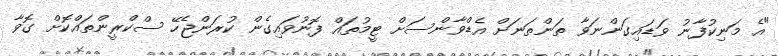
"އެ މަނިކުފާނު ވަޑައިގަންނަވާ ތަންތަނަށް އެޑްވާންސަށް ޓީމުތައް ފޮނުވައިގެން ކުރަންޖެހޭ ސްކްރީންތައްކޮށް ގޮވާ